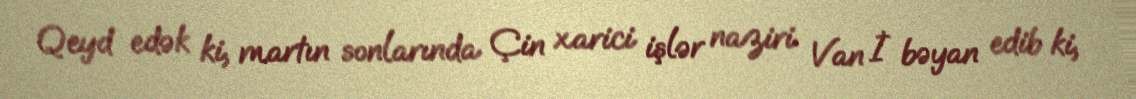
Qeyd edək ki, martın sonlarında Çin xarici işlər naziri Van İ bəyan edib ki,